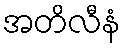
အတိလီနံ